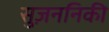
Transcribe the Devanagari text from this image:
सुज़ननिकी